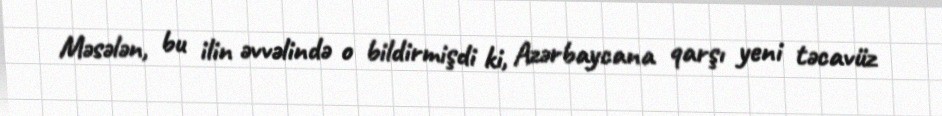
Məsələn, bu ilin əvvəlində o bildirmişdi ki, Azərbaycana qarşı yeni təcavüz